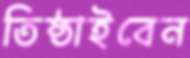
তিষ্ঠাইবেন